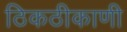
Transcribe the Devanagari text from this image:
ठिकठीकाणी